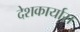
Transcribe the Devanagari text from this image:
देशकार्यास